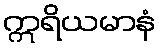
ဣရိယမာနံ